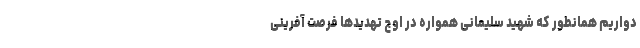
دواریم همانطور که شهید سلیمانی همواره در اوج تهدیدها فرصت آفرینی